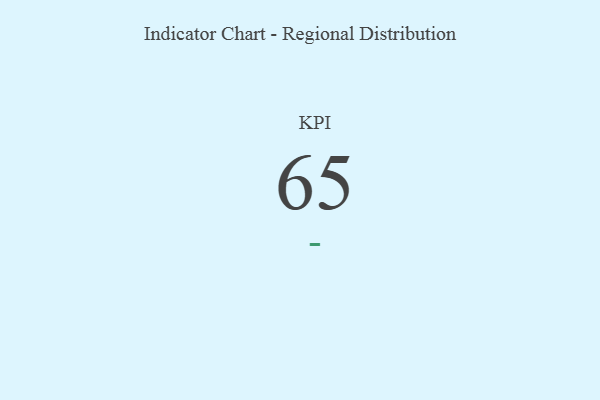
{"axis": {"x": "KPI", "y": "Value"}, "legend": [""], "data": [{"x": "KPI", "y": 65, "type": ""}]}